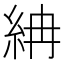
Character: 𥿛